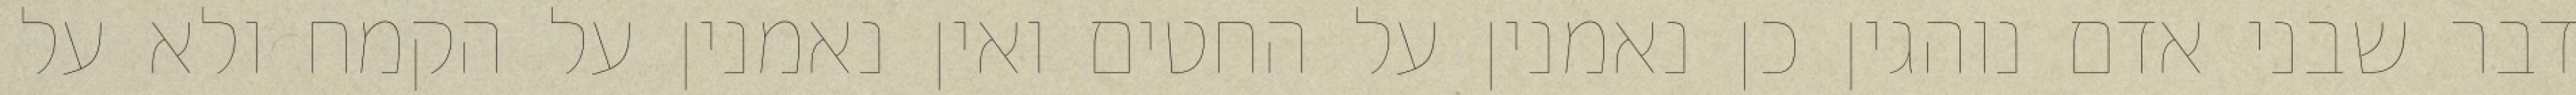
דבר שבני אדם נוהגין כן נאמנין על החטים ואין נאמנין על הקמח ולא על